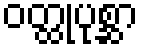
ဝတ္ထုပုစ္ဆာ